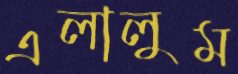
এলালুম